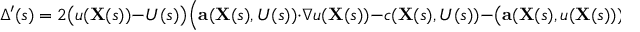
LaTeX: \Delta ^ { \prime } ( s ) = 2 { \big ( } u ( \mathbf { X } ( s ) ) - U ( s ) { \big ) } { \Big ( } \mathbf { a } ( \mathbf { X } ( s ) , U ( s ) ) \cdot \nabla u ( \mathbf { X } ( s ) ) - c ( \mathbf { X } ( s ) , U ( s ) ) - { \big ( } \mathbf { a } ( \mathbf { X } ( s ) , u ( \mathbf { X } ( s ) ) ) \cdot \nabla u ( \mathbf { X } ( s ) ) - c ( \mathbf { X } ( s ) , u ( \mathbf { X } ( s ) ) ) { \big ) } { \Big ) }